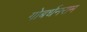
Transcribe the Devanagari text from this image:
गोबर्धनराम